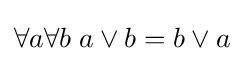
\forall a\forall b\;a\vee b=b\vee a